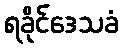
ရခိုင်ဒေသခံ